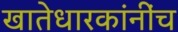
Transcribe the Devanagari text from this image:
खातेधारकांनींच